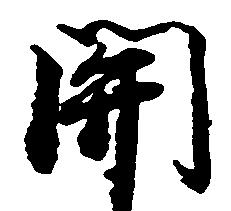
関